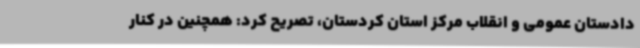
دادستان عمومی و انقلاب مرکز استان کردستان، تصریح کرد: همچنین در کنار